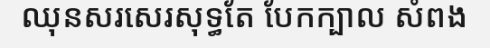
ឈុនសរសេរសុទ្ធតែ បែកក្បាល សំពង